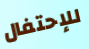
للإحتفال